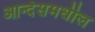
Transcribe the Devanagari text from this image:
आन्देसमधील